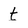
Character: t